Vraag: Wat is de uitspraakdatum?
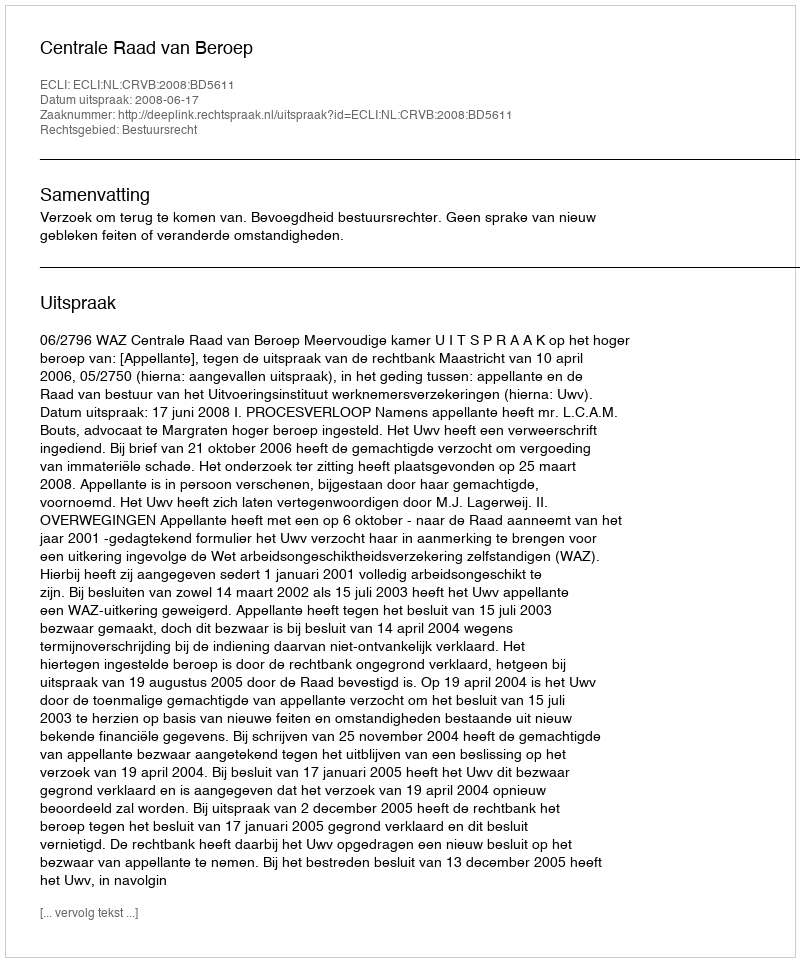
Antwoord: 2008-06-17